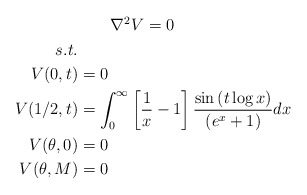
\begin{align*}\begin{aligned}&\qquad\nabla^2 V=0\\s.t.&\\V(0,t)&=0\\V(1/2,t)&=\int_{0}^{\infty} \left[\frac{1}{x}-1\right]\frac{\sin\left(t\log x\right) }{\left(e^{x}+1\right)}dx\\V(\theta,0)&=0\\V(\theta,M)&=0\end{aligned}\end{align*}